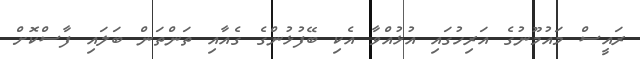
ރައީސް މައުމޫނުގެ އަރިހުގައި އުޅުއްވާ އެކި ބޭފުޅުންގެ ގެއާއި ތަންތަން ބަލައި ފާސްކޮށް